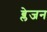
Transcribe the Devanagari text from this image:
ब्लेजन